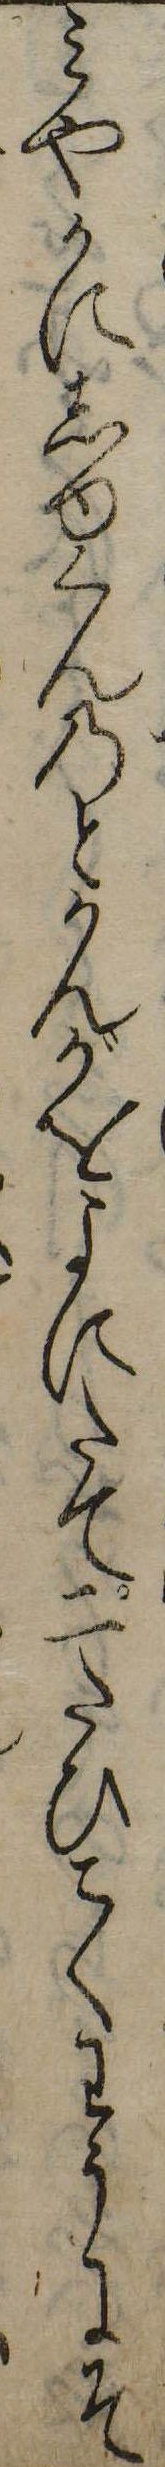
みやかにしゆくんのとかんがをよにたて二たひこくわうにそ